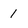
Character: 1